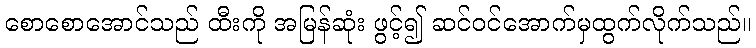
စောစောအောင်သည် ထီးကို အမြန်ဆုံး ဖွင့်၍ ဆင်ဝင်အောက်မှထွက်လိုက်သည်။